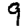
Digit: 9